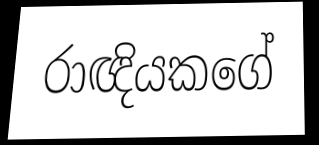
රාඥියකගේ